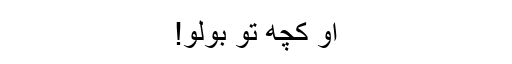
او کچھ تو بولو!